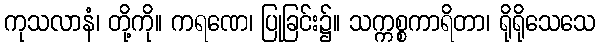
ကုသလာနံ၊ တို့ကို။ ကရဏေ၊ ပြုခြင်း၌။ သက္ကစ္စကာရိတာ၊ ရိုရိုသေသေ